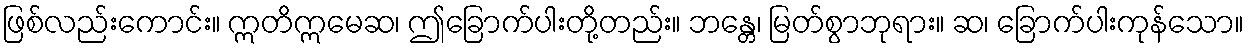
ဖြစ်လည်းကောင်း။ ဣတိဣမေဆ၊ ဤခြောက်ပါးတို့တည်း။ ဘန္တေ၊ မြတ်စွာဘုရား။ ဆ၊ ခြောက်ပါးကုန်သော။